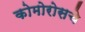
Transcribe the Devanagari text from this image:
कोमोरोसचे